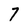
Character: 7